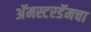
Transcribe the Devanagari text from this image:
अॅमस्टरडॅमचा